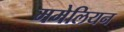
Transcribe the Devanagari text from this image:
ममेलियन